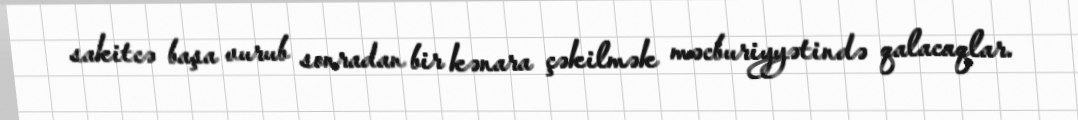
sakitcə başa vurub sonradan bir kənara çəkilmək məcburiyyətində qalacaqlar.